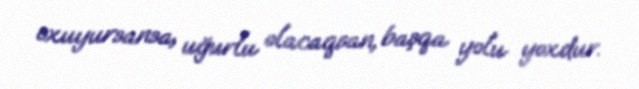
oxuyursansa, uğurlu olacaqsan, başqa yolu yoxdur.